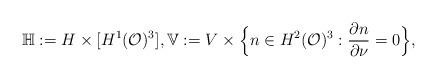
LaTeX: \begin{align*}\mathbb{H}: = H \times [ H^1(\mathcal{O})^3 ], \mathbb{V}:= V\times \Big\{n\in H^2(\mathcal{O})^3 : \frac{\partial n}{\partial \nu} = 0 \Big\} ,\end{align*}